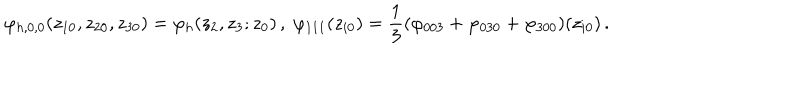
\varphi _ { h , 0 , 0 } ( z _ { 1 0 } , z _ { 2 0 } , z _ { 3 0 } ) = \varphi _ { h } ( z _ { 2 } , z _ { 3 } ; z _ { 0 } ) \, , \; \varphi _ { 1 1 1 } ( z _ { i 0 } ) = \frac { 1 } { 3 } ( \varphi _ { 0 0 3 } + \varphi _ { 0 3 0 } + \varphi _ { 3 0 0 } ) ( z _ { i 0 } ) \, .